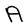
Character: A